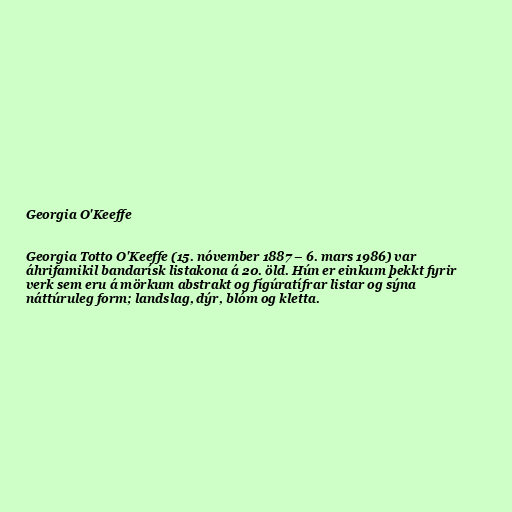
Georgia O'Keeffe

Georgia Totto O'Keeffe (15. nóvember 1887 – 6. mars 1986) var
áhrifamikil bandarísk listakona á 20. öld. Hún er einkum þekkt fyrir
verk sem eru á mörkum abstrakt og fígúratífrar listar og sýna
náttúruleg form; landslag, dýr, blóm og kletta.